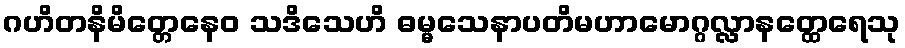
ဂဟိတနိမိတ္တေနေဝ သဒိသေဟိ ဓမ္မသေနာပတိမဟာမောဂ္ဂလ္လာနတ္ထေရေသု